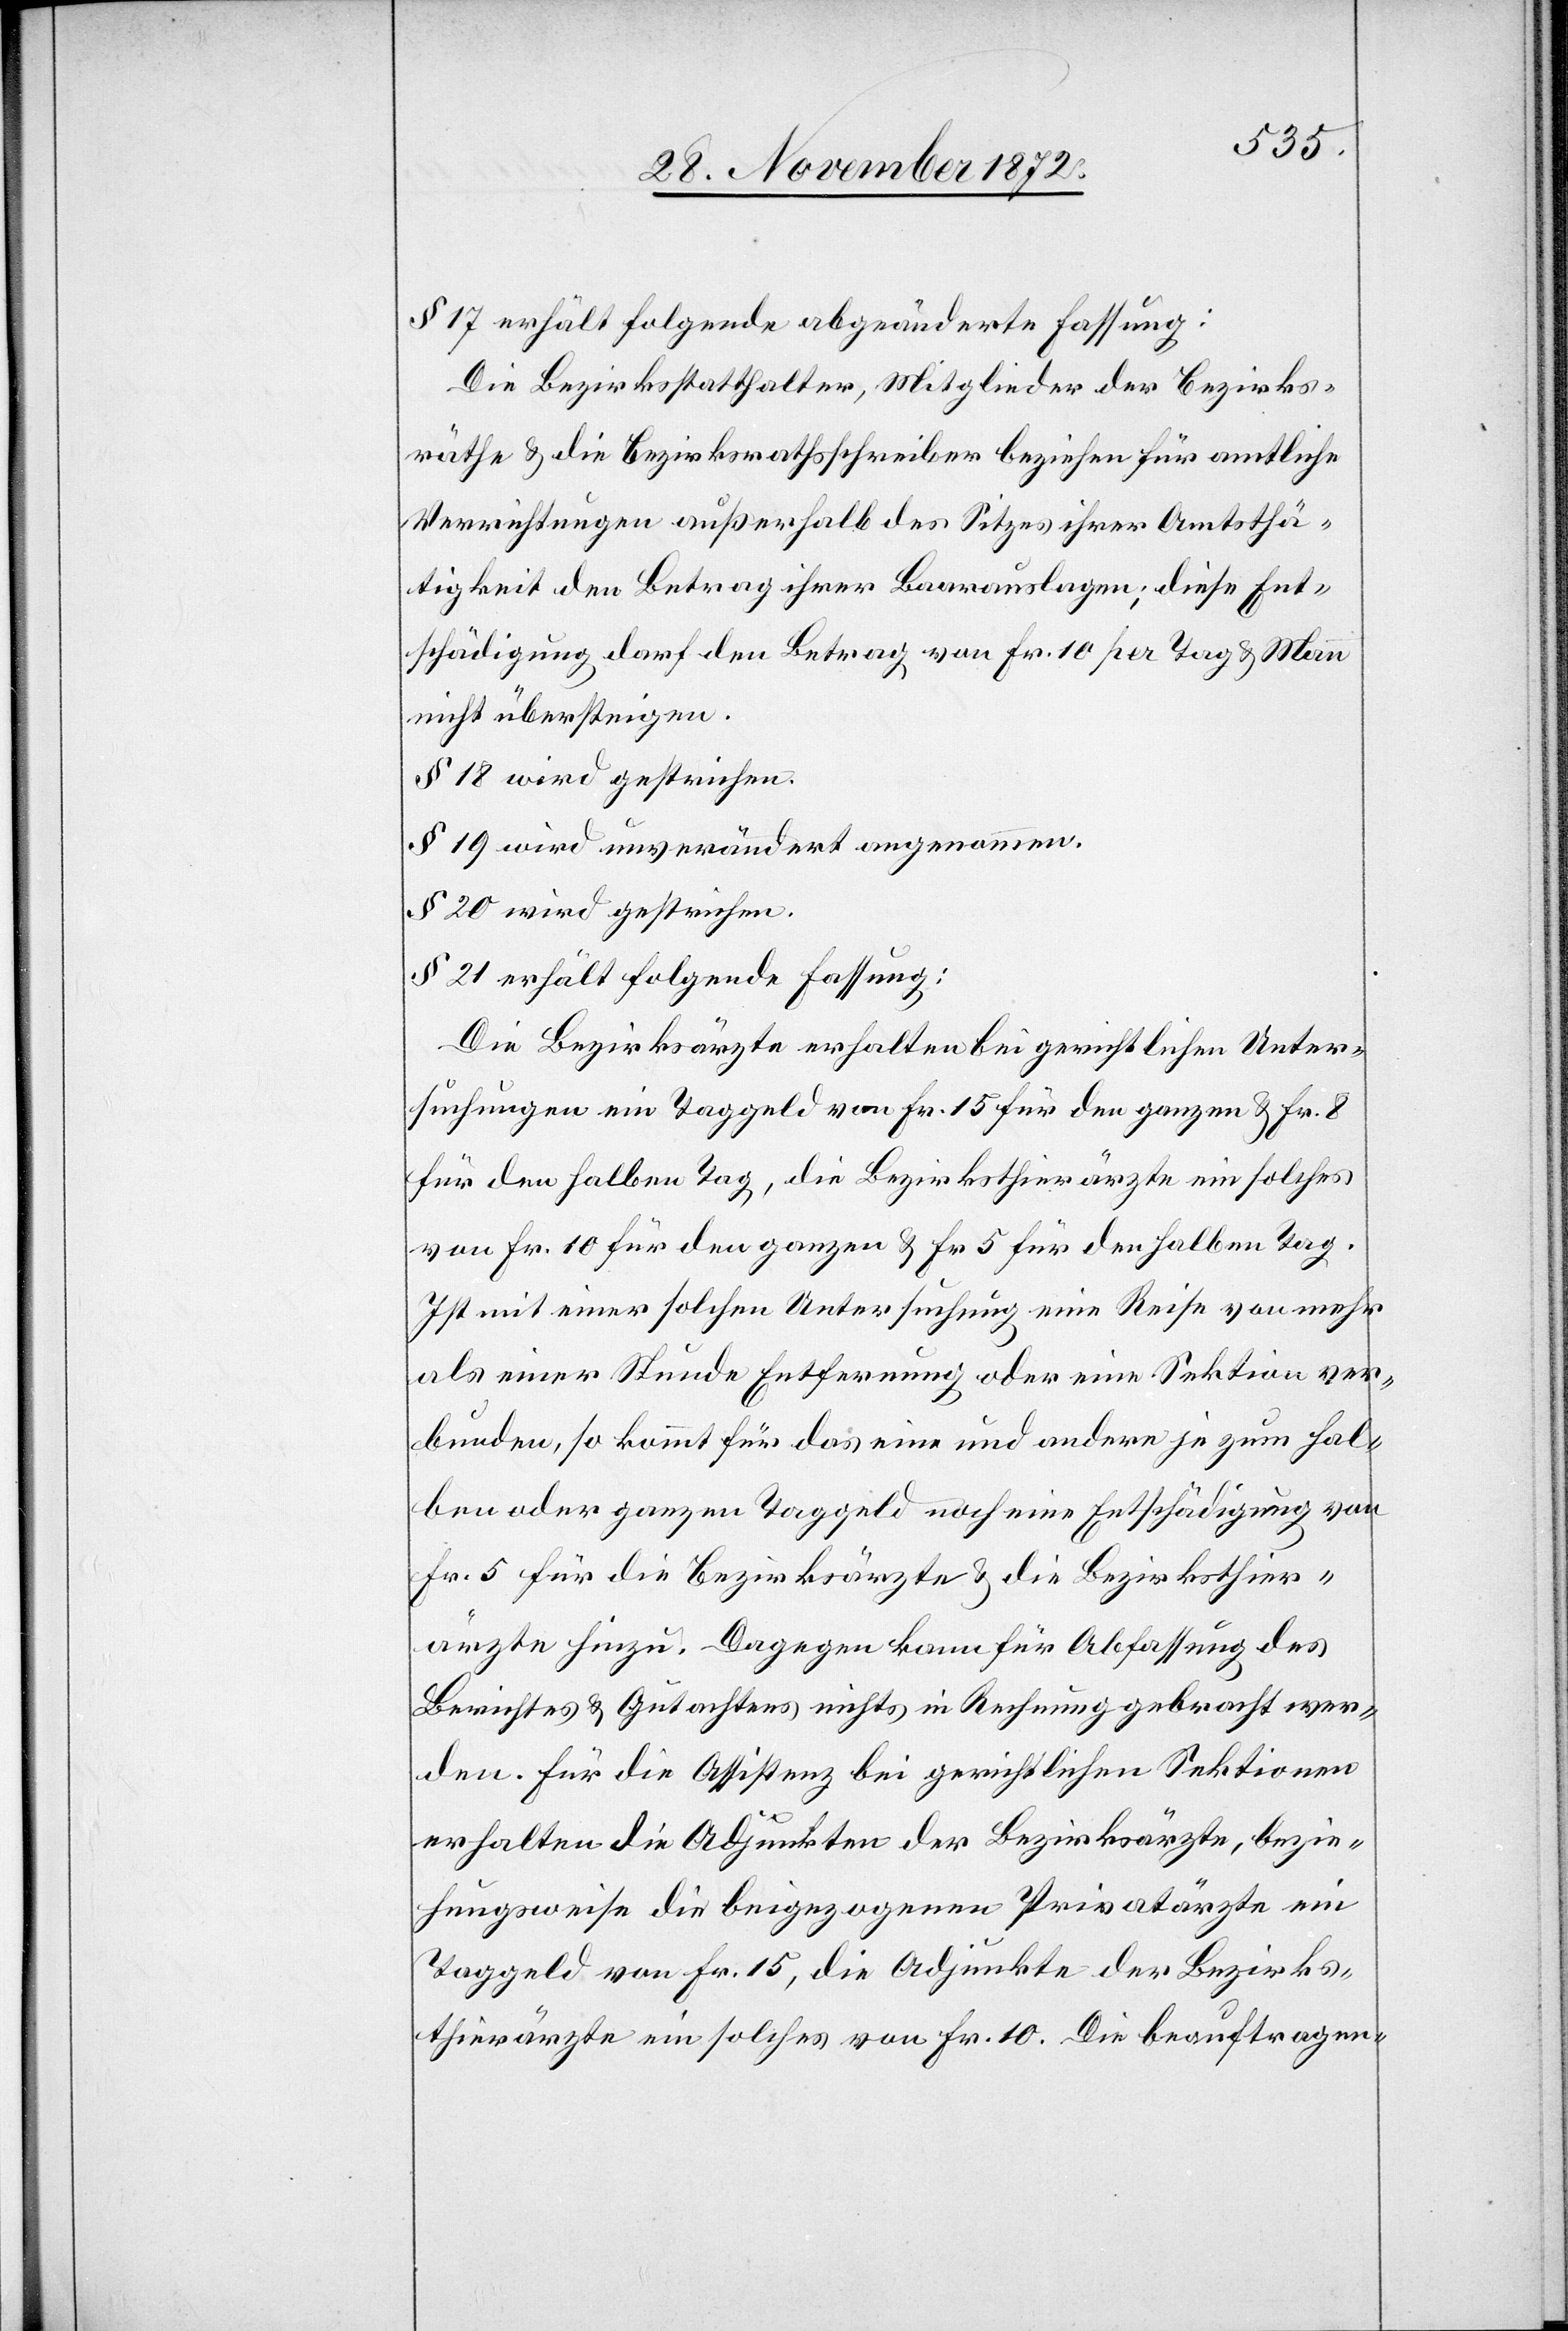
§ 17 erhält folgende abgeänderte Fassung:
Die Bezirksstatthalter, Mitglieder der Bezirks¬
räthe u. die Bezirksrathsschreiber beziehen für amtliche
Verrichtungen außerhalb des Sitzes ihrer Amtsthä¬
tigkeit den Betrag ihrer Baarauslagen; diese Ent¬
schädigung darf den Betrag von Fr. 10 per Tag u. Mann
nicht übersteigen.
§ 18 wird gestrichen.
§ 19 wird unverändert angenommen.
§ 20 wird gestrichen.
§ 21 erhält folgende Fassung:
Die Bezirksärzte erhalten bei gerichtlichen Unter¬
suchungen ein Taggeld von Fr. 15 für den ganzen u. Fr. 8
für den halben Tag, die Bezirksthierärzte ein solches
von Fr. 10 für den ganzen u. Fr 5 für den halben Tag.
Ist mit einer solchen Untersuchung eine Reise von mehr
als einer Stunde Entfernung oder eine Sektion ver¬
bunden, so kommt für das eine und andere je zum hal¬
ben oder ganzen Taggeld noch eine Entschädigung von
Fr. 5 für die Bezirksärzte u. die Bezirksthier¬
ärzte hinzu. Dagegen kann für Abfassung des
Berichtes u. Gutachtens nichts in Rechnung gebracht wer¬
den. Für die Assistenz bei gerichtlichen Sektionen
erhalten die Adjunkten der Bezirksärzte, bezie¬
hungsweise die beigezogenen Privatärzte ein
Taggeld von Fr. 15, die Adjunkte der Bezirks¬
thierärzte ein solches von Fr. 10. Die beauftragen-